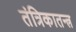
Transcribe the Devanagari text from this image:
तंत्रिकातन्त्र